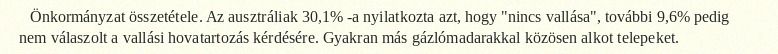
Önkormányzat összetétele. Az ausztráliak 30,1% -a nyilatkozta azt, hogy "nincs vallása", további 9,6% pedig nem válaszolt a vallási hovatartozás kérdésére. Gyakran más gázlómadarakkal közösen alkot telepeket.